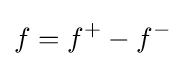
f=f^{+}-f^{-}